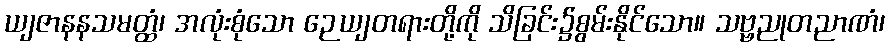
ယျဇာနနသမတ္ထံ၊ အလုံးစုံသော ဉေယျတရားတို့ကို သိခြင်း၌စွမ်းနိုင်သော။ သဗ္ဗညုတညာဏံ၊